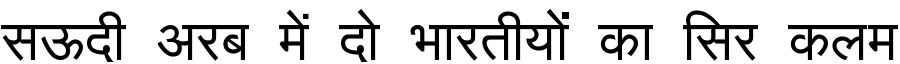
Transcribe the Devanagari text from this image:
सऊदी अरब में दो भारतीयों का सिर कलम